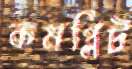
কমপ্লিট